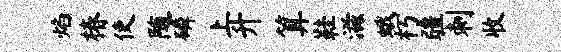
焰椿使随磷上升算鞋滋蛾朽疆刺收